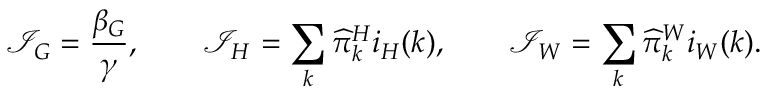
\mathcal I _ { G } = \frac { \beta _ { G } } { \gamma } , \qquad \mathcal I _ { H } = \sum _ { k } \widehat { \pi } _ { k } ^ { H } i _ { H } ( k ) , \qquad \mathcal I _ { W } = \sum _ { k } \widehat { \pi } _ { k } ^ { W } i _ { W } ( k ) .